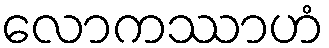
လောကဿာဟံ